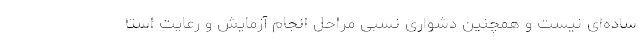
ساده‌ای نیست و همچنین دشواری نسبی مراحل انجام آزمایش و رعایت استا